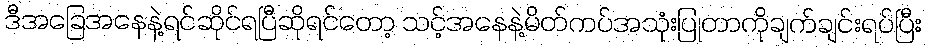
ဒီအခြေအနေနဲ့ရင်ဆိုင်ရပြီဆိုရင်တော့ သင့်အနေနဲ့မိတ်ကပ်အသုံးပြုတာကိုချက်ချင်းရပ်ပြီး